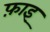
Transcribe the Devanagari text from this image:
फ़ाइ